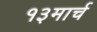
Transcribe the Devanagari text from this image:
१३मार्च